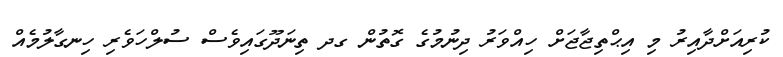
ކުރިއަށްދާއިރު މި އިޙްތިޖާޖަށް ހިއްވަރު ދިނުމުގެ ގޮތުން ގދ ތިނަދޫގައިވެސް ސުލްހަވެރި ހިނގާލުމެއް